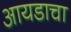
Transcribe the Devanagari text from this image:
आयडाचा